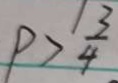
P > \frac { 1 3 } { 4 }